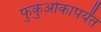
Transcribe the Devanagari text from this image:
फुकुओकापर्यंत